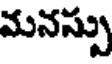
మనస్సు